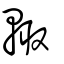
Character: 輙